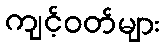
ကျင့်ဝတ်များ